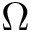
\Omega